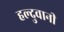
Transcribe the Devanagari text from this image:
हल्दुवानी